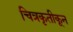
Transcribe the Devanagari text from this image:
चित्रकृतीकून